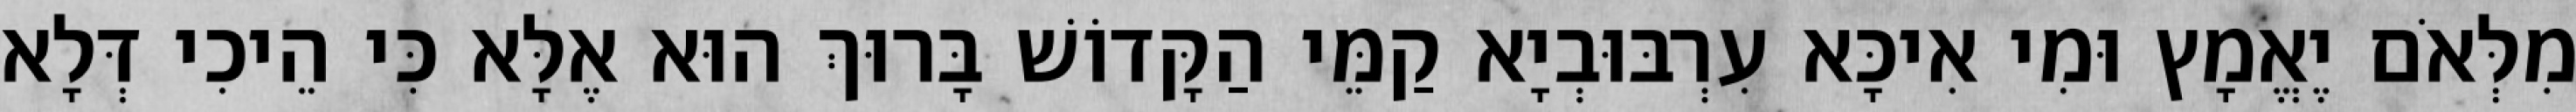
מִלְּאֹם יֶאֱמָץ וּמִי אִיכָּא עִרְבּוּבְיָא קַמֵּי הַקָּדוֹשׁ בָּרוּךְ הוּא אֶלָּא כִּי הֵיכִי דְּלָא